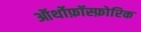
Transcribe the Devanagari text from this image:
ऑर्थोफ़ॉस्फ़ोरिक